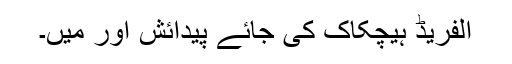
الفریڈ ہیچکاک کی جائے پیدائش اور میں۔